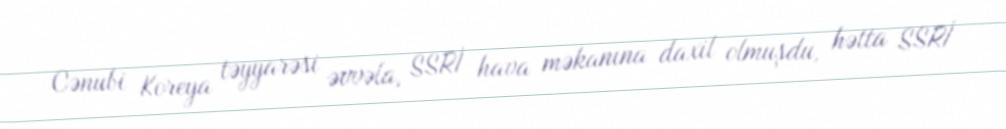
Cənubi Koreya təyyarəsi əvvəla, SSRİ hava məkanına daxil olmuşdu, hətta SSRİ